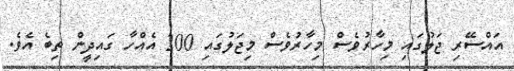
އައްސޭރި ޖަލުގައި މިހާރުވެސް މިހާރުވެސް މިޖަލުގައި 200 އެއްހާ ގައިދީން ތިބެ އެވެ.